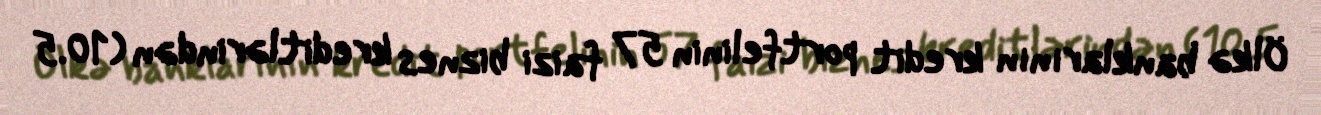
Ölkə banklarının kredit portfelinin 57 faizi biznes kreditlərindən (10.5